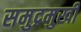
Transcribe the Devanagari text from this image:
समुद्रमुखी